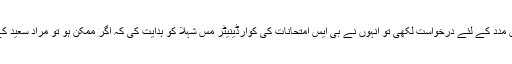
مارچ 2015 میں مراد سعید نئی چیئر پرسن ڈاکٹر شاہدہ ذاکر کو اپنی ڈگری کے حصول میں مدد کے لئے درخواست لکھی تو انہوں نے بی ایس امتحانات کی کوآرڈینیٹر مس شہلا کو ہدایت کی کہ اگر ممکن ہو تو مراد سعید کے جن دو پرچوں پراساتذہ کو اعتراض تھا، اس کے لئے میک اپ امتحان کا انتظام کیا جائے۔